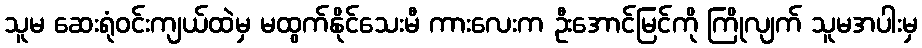
သူမ ဆေးရုံဝင်းကျယ်ထဲမှ မထွက်နိုင်သေးမီ ကားလေးက ဦးအောင်မြင်ကို ကြိုလျက် သူမအပါးမှ